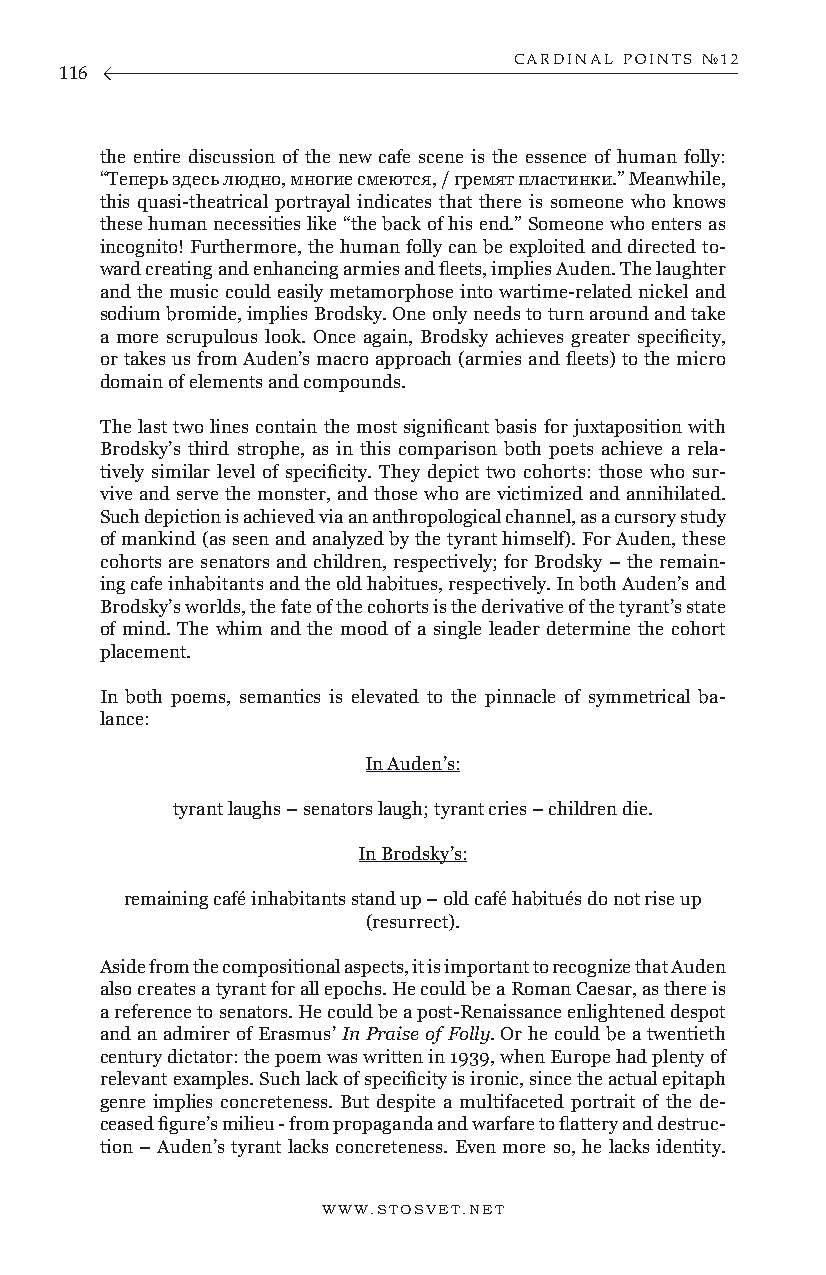
CARDINAL POINTS №12
 116
 the entire discussion of the new cafe scene is the essence of human folly:
 “Теперь здесь людно, многие смеются, / гремят пластинки.” Meanwhile,
 this quasi-theatrical portrayal indicates that there is someone who knows
 these human necessities like “the back of his end.” Someone who enters as
 incognito! Furthermore, the human folly can be exploited and directed to-
 ward creating and enhancing armies and fleets, implies Auden. The laughter
 and the music could easily metamorphose into wartime-related nickel and
 sodium bromide, implies Brodsky. One only needs to turn around and take
 a more scrupulous look. Once again, Brodsky achieves greater specificity,
 or takes us from Auden’s macro approach (armies and fleets) to the micro
 domain of elements and compounds.
 The last two lines contain the most significant basis for juxtaposition with
 Brodsky’s third strophe, as in this comparison both poets achieve a rela-
 tively similar level of specificity. They depict two cohorts: those who sur-
 vive and serve the monster, and those who are victimized and annihilated.
 Such depiction is achieved via an anthropological channel, as a cursory study
 of mankind (as seen and analyzed by the tyrant himself). For Auden, these
 cohorts are senators and children, respectively; for Brodsky – the remain-
 ing cafe inhabitants and the old habitues, respectively. In both Auden’s and
 Brodsky’s worlds, the fate of the cohorts is the derivative of the tyrant’s state
 of mind. The whim and the mood of a single leader determine the cohort
 placement.
 In both poems, semantics is elevated to the pinnacle of symmetrical ba-
 lance:
 In Auden’s:
 tyrant laughs – senators laugh; tyrant cries – children die.
 In Brodsky’s:
 remaining café inhabitants stand up – old café habitués do not rise up
 (resurrect).
 Aside from the compositional aspects, it is important to recognize that Auden
 also creates a tyrant for all epochs. He could be a Roman Caesar, as there is
 a reference to senators. He could be a post-Renaissance enlightened despot
 and an admirer of Erasmus’ In Praise of Folly. Or he could be a twentieth
 century dictator: the poem was written in 1939, when Europe had plenty of
 relevant examples. Such lack of specificity is ironic, since the actual epitaph
 genre implies concreteness. But despite a multifaceted portrait of the de-
 ceased figure’s milieu - from propaganda and warfare to flattery and destruc-
 tion – Auden’s tyrant lacks concreteness. Even more so, he lacks identity.
 WWW.STOSVET.NET                                        WWW.STOSVET.NET